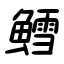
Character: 鱈